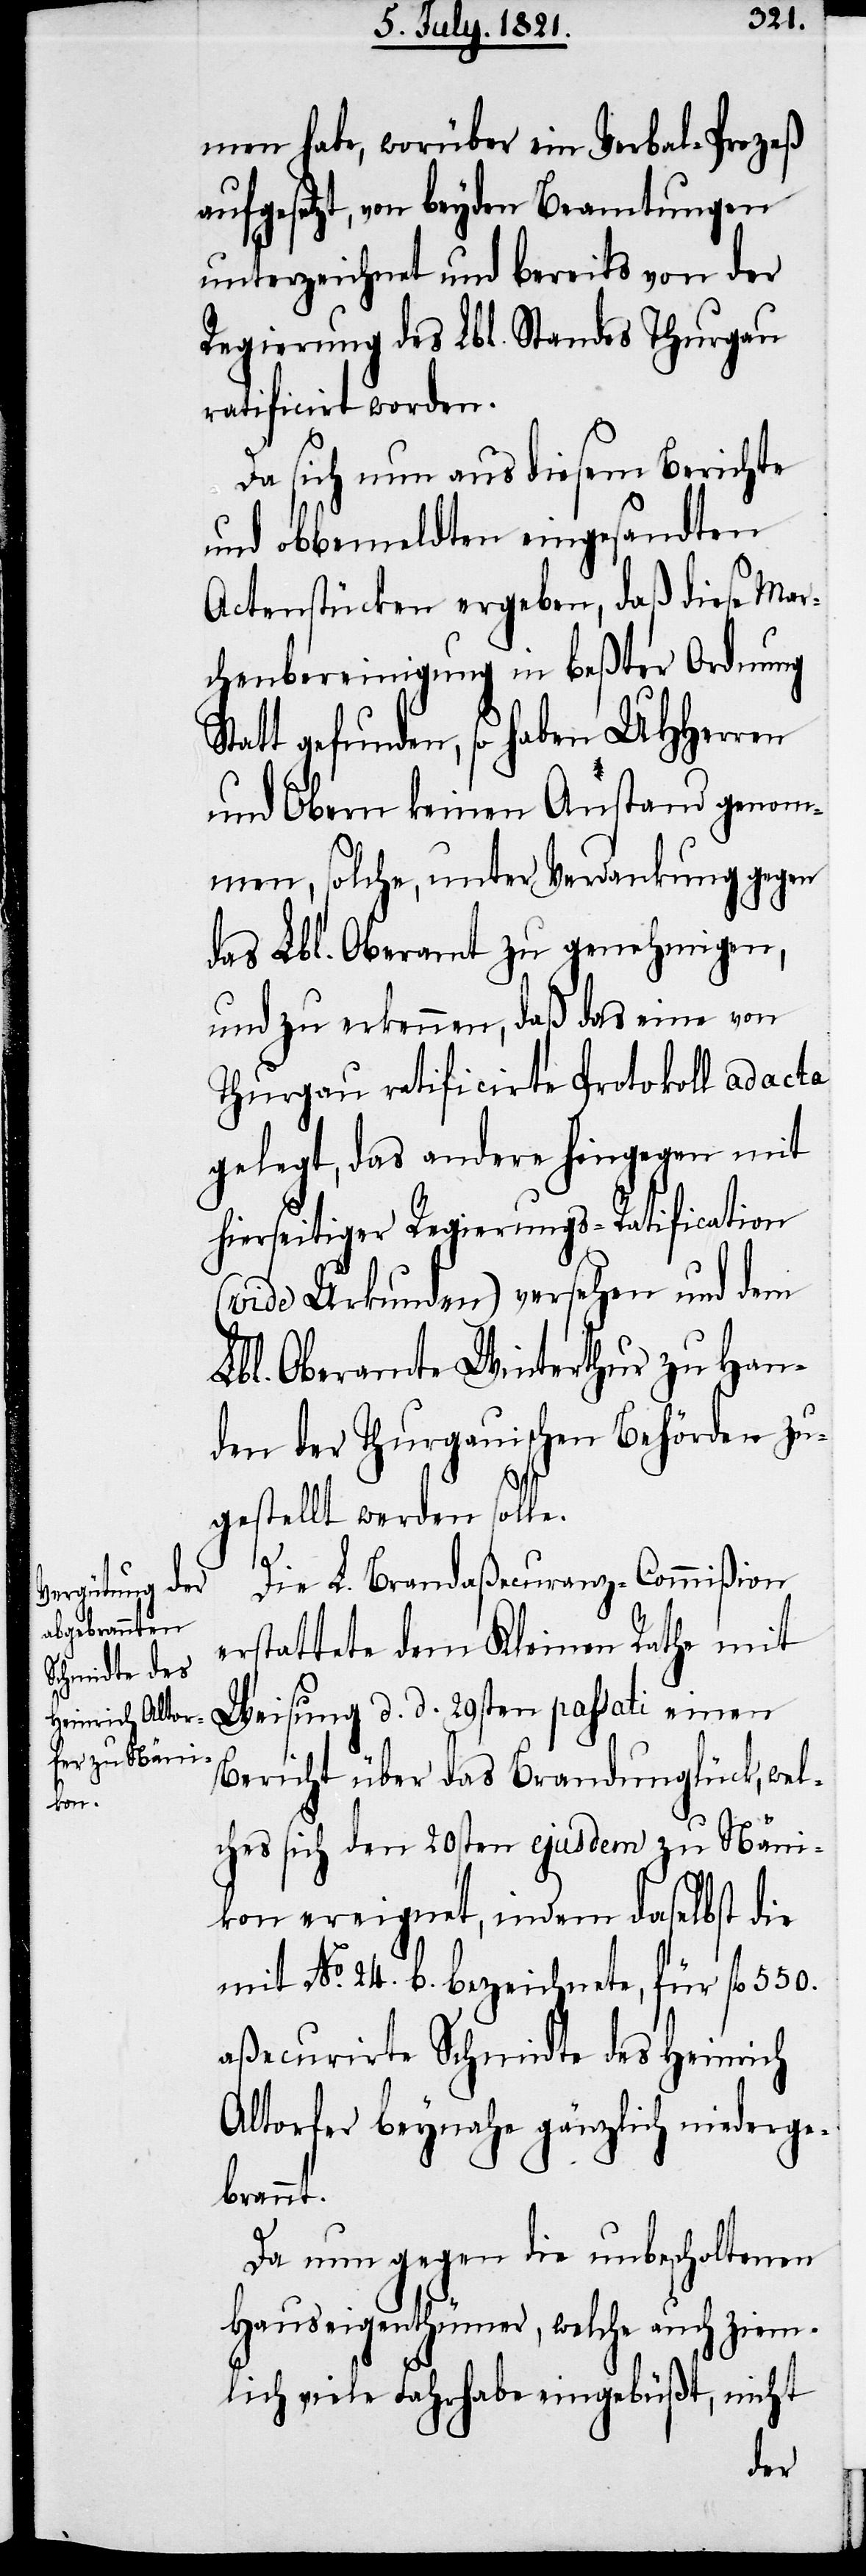
men habe, worüber ein Verbal-Prozeß
aufgesetzt, von beyden Beamtungen
unterzeichnet und bereits von der
Regierung des Lbl. Standes Thurgau
ratificirt worden.
Da sich nun aus diesem Berichte
und obbemeldten eingesandten
Actenstücken ergeben, daß diese Mar¬
chenbereinigung in beßter Ordnung
tatt gefunden, so haben UHHerren
und Obern keinen Anstand genom¬
men, solche, unter Verdankung gegen
das Lbl. Oberamt zu genehmigen,
und zu erkennen, daß das eine von
Thurgau ratificirte Protokoll ad acta
gelegt, das andere hingegen mit
hierseitiger Regierungs-Ratification
(vide Urkunden) versehen und dem
Lbl. Oberamte Winterthur zu Han¬
den der Thurgauischen Behörden zu¬
gestellt werden solle.
S¬
Die L. Brandaßecuranz-Commißion
erstattete dem Kleinen Rathe mit
Weisung d. d. 29sten passati einen
Bericht über das Brandunglück, wel¬
ches sich den 20sten ejusdem zu Näni¬
kon ereignet, indem daselbst die
mit No. 24. b. bezeichnete, für fl. 550.
aßecurirte Schmidte des Heinrich
Altorfer beynahe gänzlich niederge¬
brannt.
Da nun gegen die unbescholtenen
Hauseigenthümer, welche auch ziem¬
lich viele Fahrhabe eingebüßt, nicht